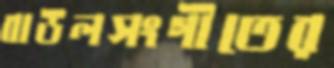
বাউলসংগীতের